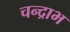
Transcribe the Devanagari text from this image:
चन्द्राभ